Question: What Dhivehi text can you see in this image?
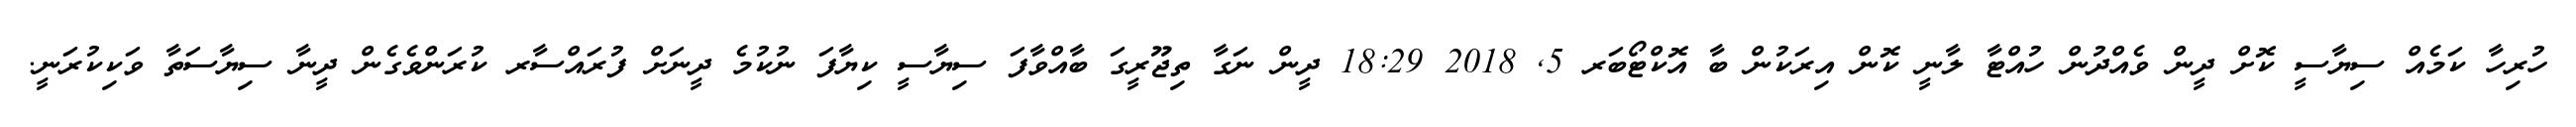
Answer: ހުރިހާ ކަމެއް ސިޔާސީ ކޮށް ދީން ވެއްދުން ހުއްޓާ ލާނީ ކޮން އިރަކުން ބާ އޮކްޓޯބަރ 5, 2018 18:29 ދީން ނަގާ ތިޖޫރީގަ ބާއްވާފަ ސިޔާސީ ކިޔާފަ ނުކުމެ ދީނަށް ފުރައްސާރ ކުރަންވެގެން ދީނާ ސިޔާސަތާ ވަކިކުރަނީ.